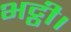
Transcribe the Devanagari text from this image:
भट्ठी।